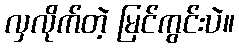
လှလိုက်တဲ့ မြင်ကွင်းပဲ။